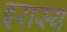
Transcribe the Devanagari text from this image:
इरास्य